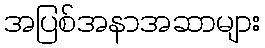
အပြစ်အနာအဆာများ